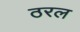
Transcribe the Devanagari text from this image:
ठरल